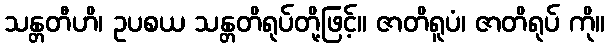
သန္တတီဟိ၊ ဥပစယ သန္တတိရုပ်တို့ဖြင့်။ ဇာတိရူပံ၊ ဇာတိရုပ် ကို။